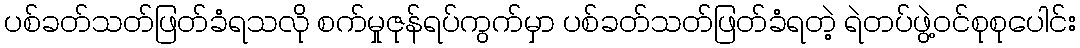
ပစ်ခတ်သတ်ဖြတ်ခံရသလို စက်မှုဇုန်ရပ်ကွက်မှာ ပစ်ခတ်သတ်ဖြတ်ခံရတဲ့ ရဲတပ်ဖွဲ့ဝင်စုစုပေါင်း